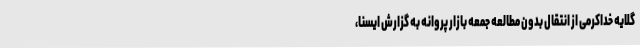
گلایه خداکرمی از انتقال بدون مطالعه جمعه بازار پروانه به گزارش ایسنا،